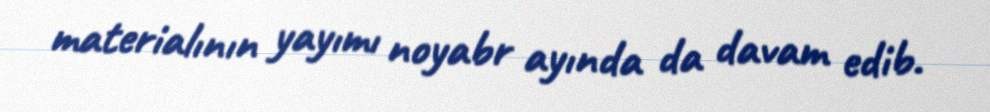
materialının yayımı noyabr ayında da davam edib.